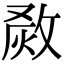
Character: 𤉺